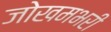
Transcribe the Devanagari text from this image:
जोखमभरी